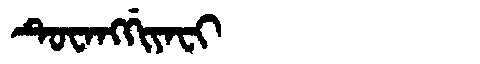
Manchu: ᡨᡠᠸᠠᠩᡤᡳᠶᠠᠸᡳ
Romanization: TUWANGGIYAFI